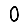
Digit: 0